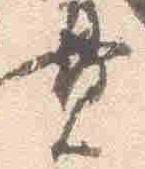
貫